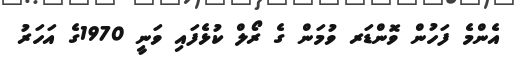
އެންމެ ފަހުން ވޮންޑަރ ވުމަން ގެ ރޯލް ކުޅެފައި ވަނީ 1970ގެ އަހަރު